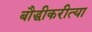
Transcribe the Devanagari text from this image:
बौद्धीकरीत्या